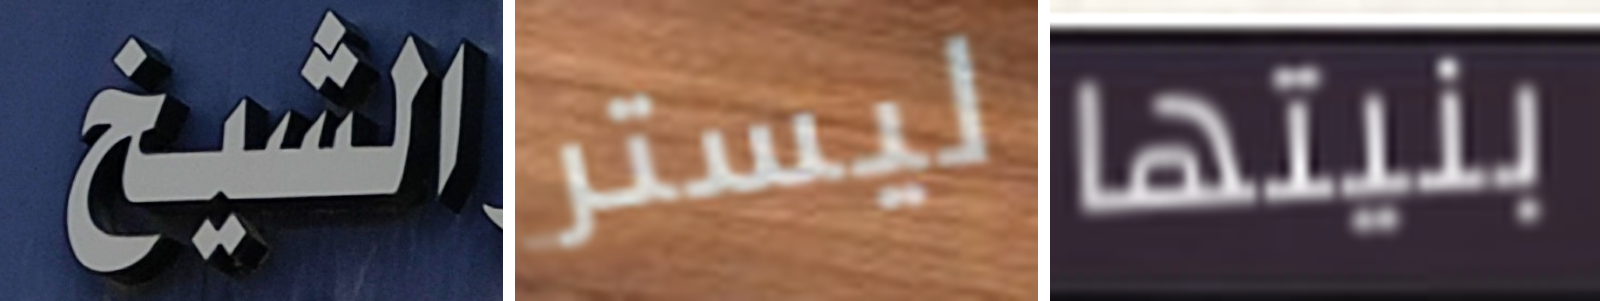
الشيخ ليستر بنيتها